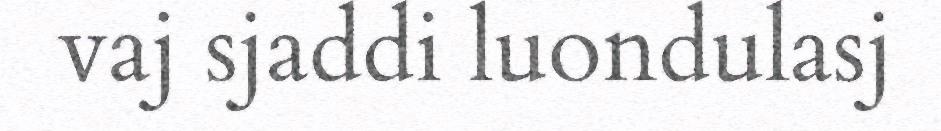
vaj sjaddi luondulasj